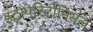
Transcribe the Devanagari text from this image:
इंट्रापेरिटोनियल